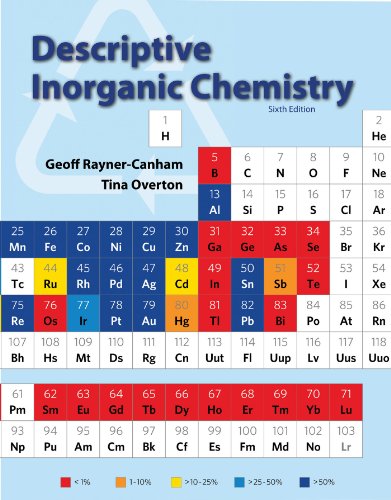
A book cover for Descriptive Inorganic Chemistry; Geoff Rayner-Canham; Science & Math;